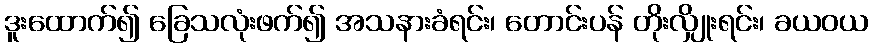
ဒူးထောက်၍ ခြေသလုံးဖက်၍ အသနားခံရင်း၊ တောင်းပန် တိုးလျှိုးရင်း၊ ခယဝယ